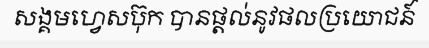
សង្គមហ្វេសប៊ុក បានផ្តល់នូវផលប្រយោជន៍